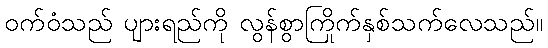
ဝက်ဝံသည် ပျားရည်ကို လွန်စွာကြိုက်နှစ်သက်လေသည်။